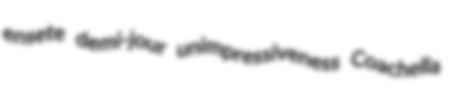
ensete demi-jour unimpressiveness Coachella